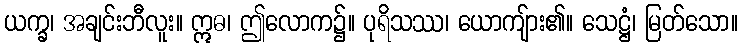
ယက္ခ၊ အချင်းဘီလူး။ ဣဓ၊ ဤလောက၌။ ပုရိသဿ၊ ယောကျ်ား၏။ သေဋ္ဌံ၊ မြတ်သော။